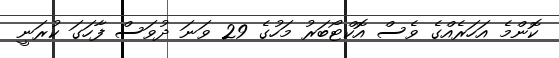
ކޮންމެ އަހަރެއްގެ ވެސް އޮކްޓޯބަރު މަހުގެ 29 ވަނަ ދުވަސް ފާހަގަ ކުރަނީ